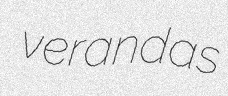
verandas